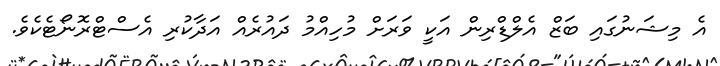
އެ މިޝަނުގައި ބަޒް އެލްޑްރިން އަކީ ވަރަށް މުހިއްމު ދައުރެއް އަދާކުރި އެސްޓްރޮނޯޓެކެވެ.